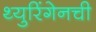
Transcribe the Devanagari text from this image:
थ्युरिंगेनची